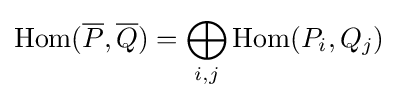
\operatorname {Hom} ({\overline {P}},{\overline {Q}})=\bigoplus _{i,j}\operatorname {Hom} (P_{i},Q_{j})